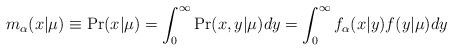
LaTeX: \begin{align*}m_\alpha(x|\mu)\equiv\Pr(x|\mu) &= \int_0^\infty \Pr(x,y|\mu) dy = \int_0^\infty f_\alpha(x|y) f(y|\mu) dy\end{align*}